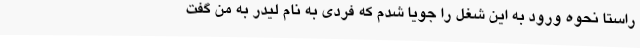
راستا نحوه ورود به این شغل را جویا شدم که فردی به نام لیدر به من گفت